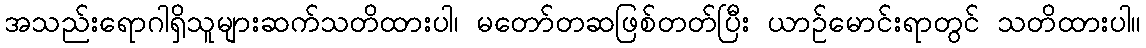
အသည်းရောဂါရှိသူများဆက်သတိထားပါ၊ မတော်တဆဖြစ်တတ်ပြီး ယာဉ်မောင်းရာတွင် သတိထားပါ။